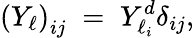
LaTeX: \left(Y_{\ell}\right)_{ij}\; =\; Y_{\ell_{i}}^{d}\delta_{ij},